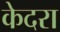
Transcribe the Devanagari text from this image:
केदरा